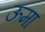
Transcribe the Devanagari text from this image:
ऊमा